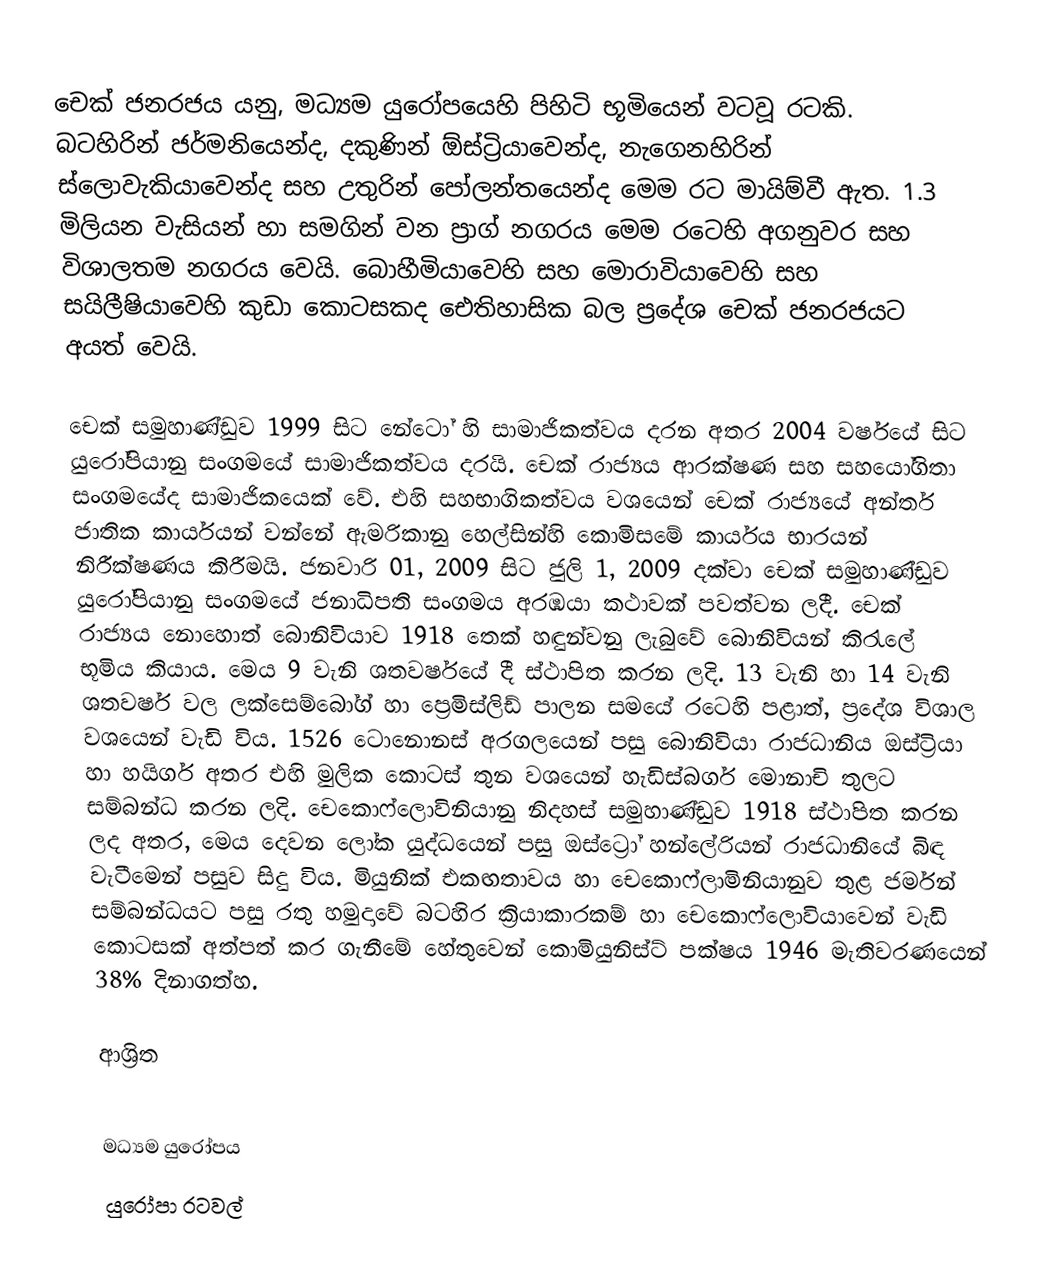
චෙක් ජනරජය යනු,  මධ්‍යම යුරෝපයෙහි පිහිටි භූමියෙන් වටවූ රටකි. බටහිරින් ජර්මනියෙන්ද, දකුණින්  ඕස්ට්‍රියාවෙන්ද, නැගෙනහිරින්  ස්ලොවැකියාවෙන්ද සහ උතුරින්  පෝලන්තයෙන්ද මෙම රට මායිම්වී ඇත.  1.3 මිලියන වැසියන් හා සමගින් වන ප්‍රාග් නගරය මෙම රටෙහි අගනුවර සහ විශාලතම නගරය වෙයි. බොහීමියාවෙහි සහ මොරාවියාවෙහි සහ  සයිලීෂියාවෙහි කුඩා කොටසකද ඓතිහාසික බල ප්‍රදේශ චෙක් ජනරජයට අයත් වෙයි.

චෙක් සමුහාණ්ඩුව 1999 සිට නේටෝ හි සාමාජිකත්වය දරන අතර  2004 වර්ෂයේ සිට යුරෝපියානු සංගමයේ සාමාජිකත්වය දරයි. චෙක් රාජ්‍යය ආරක්ෂණ සහ සහයෝගිතා සංගමයේද සාමාජිකයෙක් වේ. එහි සහභාගිකත්වය වශයෙන් චෙක් රාජ්‍යයේ අන්තර් ජාතික කාර්යයන් වන්නේ ඇමරිකානු හෙල්සින්හි කොමිසමේ කාර්යය භාරයන් නිරීක්ෂණය කිරීමයි. ජනවාරි 01, 2009 සිට ජුලි 1, 2009 දක්වා චෙක් සමුහාණ්ඩුව යුරෝපියානු සංගමයේ ජනාධිපති සංගමය  අරඹයා කථාවක් පවත්වන ලදී. චෙක් රාජ්‍යය නොහොත් බොනිවියාව 1918 තෙක් හඳුන්වනු ලැබුවේ බොනිවියන් කිරැලේ භූමිය කියාය. මෙය 9 වැනි ශතවර්ෂයේ දී ස්ථාපිත කරන ලදි. 13 වැනි හා 14 වැනි ‍ශතවර්ෂ වල ලක්සෙම්බෝග් හා ප්‍රෙමිස්ලිඩ් පාලන සමයේ රටෙහි පළාත්, ප්‍රදේශ විශාල වශයෙන් වැඩි විය. 1526 ටොනොනස් අරගලයෙන් පසු බොනිවියා රාජධානිය ඔස්ට්‍රියා හා හයිගර් අතර එහි මුලික කොටස් තුන වශයෙන් හැඩිස්බර්ග මොනාචි තුලට සම්බන්ධ කරන ලදි. චෙකොෆ්ලොවිනියානු නිදහස් සමුහාණ්ඩුව 1918 ස්ථාපිත කරන ලද අතර, මෙය දෙවන ලෝක යුද්ධයෙන් පසු ඔස්ට්‍රෝ හන්ලේරියන් රාජධානියේ බිඳ වැටීමෙන් පසුව සිදු විය. මියුනික් එකඟතාවය හා චෙ‍කොෆ්ලාමිනියානුව තුළ ජර්මන් සම්බන්ධයට පසු රතු හමුදාවේ බටහිර ක්‍රියාකාරකම් හා චෙකොෆ්ලොවියාවෙන් වැඩි කොටසක් අත්පත් කර ගැනීමේ හේතුවෙන් කොමියුනිස්ට් පක්ෂය 1946 මැතිවරණයෙන් 38% දිනාගත්හ.

ආශ්‍රිත

මධ්‍යම යුරෝපය
යුරෝපා රටවල්‎